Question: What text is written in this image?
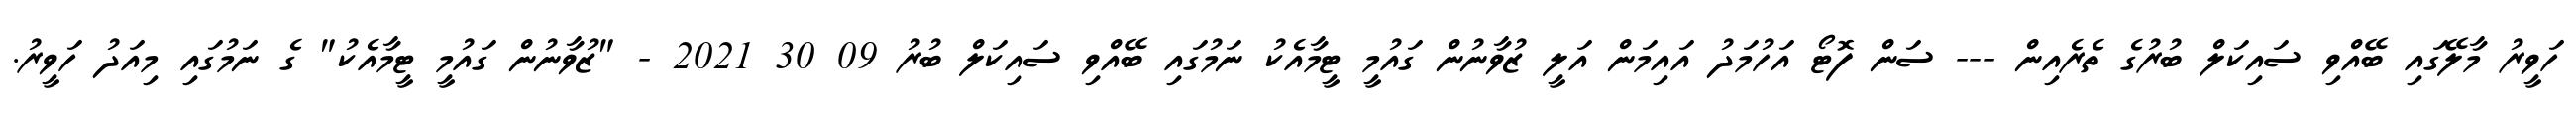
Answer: ހަވީރު މާލޭގައި ބޭއްވި ސައިކަލް ބުރުގެ ތެރެއިން --- ސަން ފޮޓޯ އަހުމަދު އައިމަން އަލީ ޒުވާނުން ގައުމީ ޓީމާއެކު ނަމުގައި ބޭއްވި ސައިކަލް ބުރު 09 30 2021 - "ޒުވާނުން ގައުމީ ޓީމާއެކު" ގެ ނަމުގައި މިއަދު ހަވީރު.